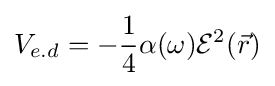
V_{e.d}=-{\frac {1}{4}}\alpha (\omega ){\mathcal {E}}^{2}({\vec {r}})